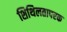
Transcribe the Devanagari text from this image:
शिथिलतापरक